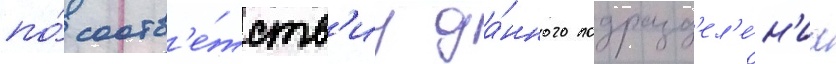
по́ соотв'е́тств'иу да́нного подразд'ел'е́н'иа